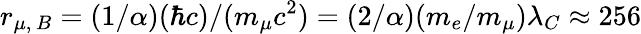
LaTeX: r_{\mu,\, B}=(1/\alpha)(\hbar c)/(m_{\mu}c^{2})=(2/\alpha)(m_{e}/m_{\mu})\lambda_{C}\approx 256